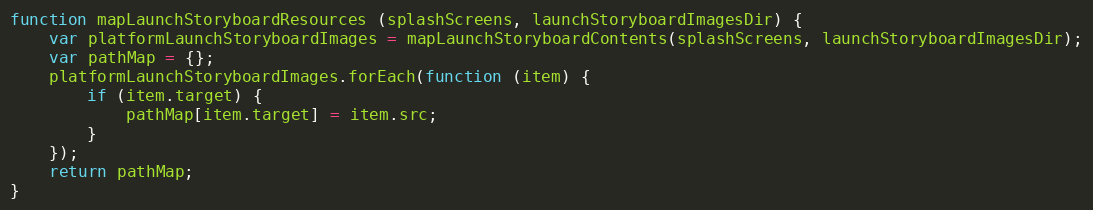
Language: JavaScript
function mapLaunchStoryboardResources (splashScreens, launchStoryboardImagesDir) {
    var platformLaunchStoryboardImages = mapLaunchStoryboardContents(splashScreens, launchStoryboardImagesDir);
    var pathMap = {};
    platformLaunchStoryboardImages.forEach(function (item) {
        if (item.target) {
            pathMap[item.target] = item.src;
        }
    });
    return pathMap;
}